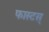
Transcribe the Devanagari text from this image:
फास्टस्